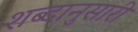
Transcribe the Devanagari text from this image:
शब्दानुसारी